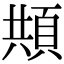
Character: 𩒓